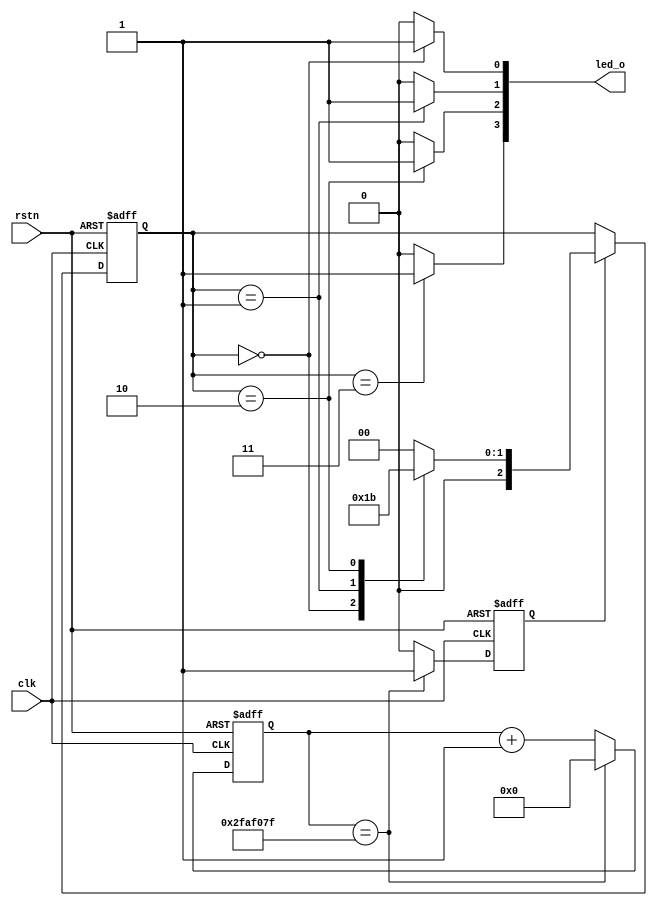
module marqee (
	clk,
	rstn,
	led_o
);
input	clk;	// 50MHz
input	rstn;
output [3:0] led_o;
reg [31:0] cnt;
// onepps generate
reg onepps;
reg	[2:0] cs,ns;
always@(posedge clk or negedge rstn)
begin
	if(~rstn) begin
		cnt <= 'h0;
		onepps <= 1'b0;
	end
	else if(cnt == 'd49999999) begin
		cnt <= 'h0;	
		onepps <= 1'b1;
	end
	else begin
		cnt <= cnt + 1'b1;
		onepps <= 1'b0;
	end
end

always@(posedge clk or negedge rstn)
begin
	if(~rstn) 
		cs <= 'h0;
	else if(onepps)
		cs <= ns;
	else
		cs <= cs;
end
parameter led1_light = 3'b000,
          led2_light = 3'b001,
          led3_light = 3'b010,
          led4_light = 3'b011;
always@(*)
begin
	case(cs)
	led1_light : ns = led2_light;
	led2_light : ns = led3_light;
	led3_light : ns = led4_light;
	led4_light : ns = led1_light;
	default    : ns = led1_light;
	endcase
end
		
assign led_o[0] = (cs == led1_light) ? 1'b1 : 1'b0;
assign led_o[1] = (cs == led2_light) ? 1'b1 : 1'b0;
assign led_o[2] = (cs == led3_light) ? 1'b1 : 1'b0;
assign led_o[3] = (cs == led4_light) ? 1'b1 : 1'b0;

endmodule